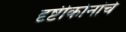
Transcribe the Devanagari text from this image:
दृष्टीकोनांचे